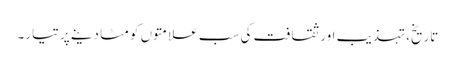
تاریخ، تہذیب اور ثقافت کی سب علامتوں کو مٹا دینے پر تیار۔